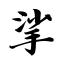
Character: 挲